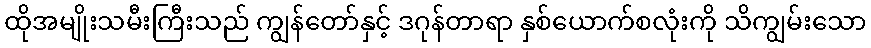
ထိုအမျိုးသမီးကြီးသည် ကျွန်တော်နှင့် ဒဂုန်တာရာ နှစ်ယောက်စလုံးကို သိကျွမ်းသော